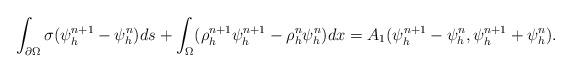
LaTeX: \begin{align*}\int_{\partial \Omega}\sigma (\psi_h^{n+1} -\psi_h^n)ds +\int_{\Omega} ( \rho_h^{n+1} \psi_h^{n+1} -\rho_h^n \psi_h^n) dx=A_{1}(\psi_{h}^{n+1}-\psi_h^n, \psi_h^{n+1}+\psi_h^n).\end{align*}